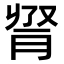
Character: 𦛫